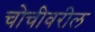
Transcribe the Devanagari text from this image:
चोचीवरील